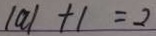
\vert a \vert + 1 = 2